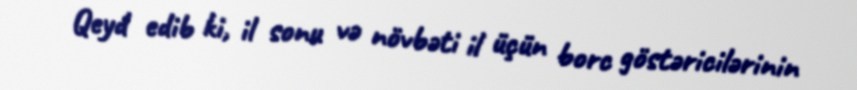
Qeyd edib ki, il sonu və növbəti il üçün borc göstəricilərinin